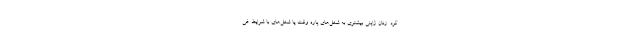
کرد. زنان ژاپنی بیشتری به شغل‌های پاره وقت یا شغل‌های با شرایط غی